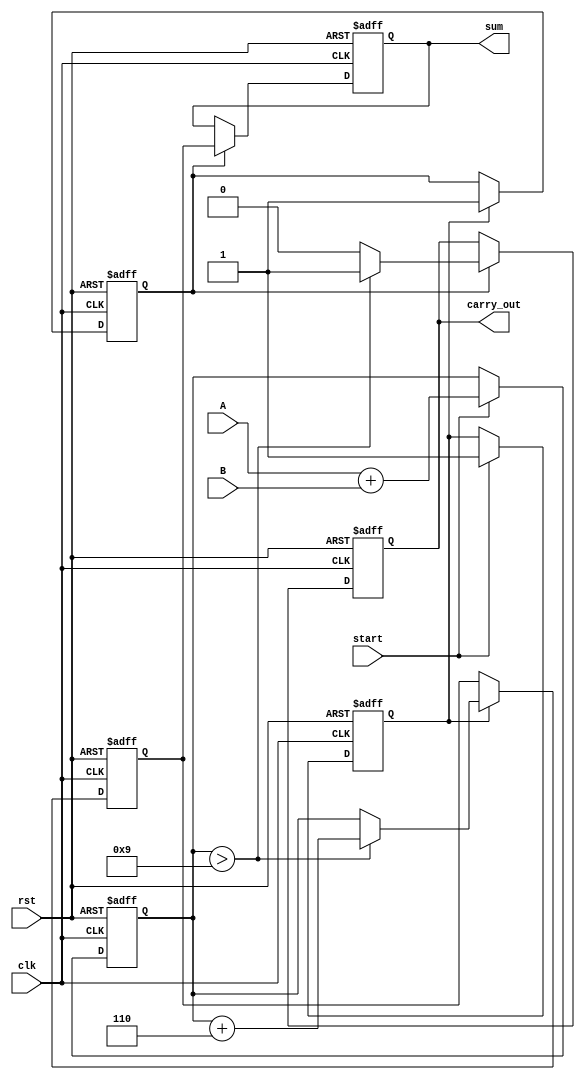
module bcd_pipelined_adder(
    input wire clk,            // Clock signal
    input wire rst,            // Reset signal
    input wire start,          // Control signal to start addition
    input wire [3:0] A,        // BCD input A
    input wire [3:0] B,        // BCD input B
    output reg [3:0] sum,      // BCD result output
    output reg carry_out       // Carry output
);

    // Internal signals
    reg [3:0] stage1_sum;      // Sum from stage 1
    reg [3:0] stage2_sum;      // Sum from stage 2
    reg stage1_valid, stage2_valid; // Valid signals for stages

    // Stage 1: Input capture and initial addition
    always @(posedge clk or posedge rst) begin
        if (rst) begin
            stage1_sum <= 4'b0000;
            stage1_valid <= 1'b0;
        end else if (start) begin
            stage1_sum <= A + B; // Initial addition
            stage1_valid <= 1'b1; // Mark stage as valid
        end
    end

    // Stage 2: BCD correction logic
    always @(posedge clk or posedge rst) begin
        if (rst) begin
            stage2_sum <= 4'b0000;
            stage2_valid <= 1'b0;
        end else if (stage1_valid) begin
            // Check if correction is needed (sum > 9 or carry)
            if (stage1_sum > 4'b1001) begin
                stage2_sum <= stage1_sum + 4'b0110; // Add 6 for BCD correction
            end else begin
                stage2_sum <= stage1_sum; // No correction needed
            end
            stage2_valid <= 1'b1; // Mark stage as valid
        end
    end

    // Stage 3: Output generation
    always @(posedge clk or posedge rst) begin
        if (rst) begin
            sum <= 4'b0000;
            carry_out <= 1'b0;
        end else if (stage2_valid) begin
            sum <= stage2_sum; // Output the corrected sum
            carry_out <= (stage1_sum > 4'b1001) ? 1'b1 : 1'b0; // Determine carry out
        end
    end

endmodule